Source: Handwritten
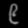
Digit: ၉ (9)